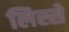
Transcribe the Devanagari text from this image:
लिस्सें